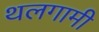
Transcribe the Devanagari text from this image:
थलगामी